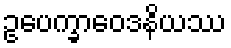
ဥပေက္ခာဝေဒနိယဿ